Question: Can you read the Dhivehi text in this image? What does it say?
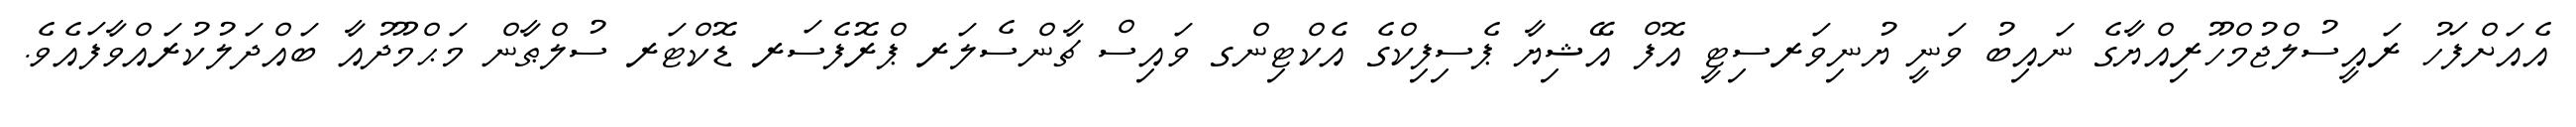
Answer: އެއަށްފަހު ރައީސުލްޖުމްހޫރިއްޔާގެ ނައިބު ވަނީ ޔުނިވަރސިޓީ އޮފް އޭޝިޔާ ޕެސިފިކްގެ އެކްޓިންގ ވައިސް ޗާންސެލަރ ޕްރޮފެސަރ ޑޮކްޓަރ ސުލްޠާން މަޙްމޫދުއާ ބައްދަލުކުރައްވާފައެވެ.